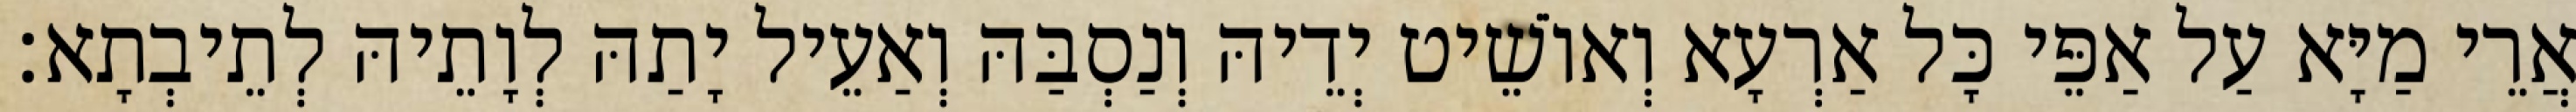
אֲרֵי מַיָּא עַל אַפֵּי כָּל אַרְעָא וְאוֹשֵׁיט יְדֵיהּ וְנַסְבַּהּ וְאַעֵיל יָתַהּ לְוָתֵיהּ לְתֵיבְתָא׃